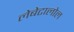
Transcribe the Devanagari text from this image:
लेबेटालोल